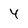
Character: 4